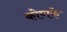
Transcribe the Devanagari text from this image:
कोणके